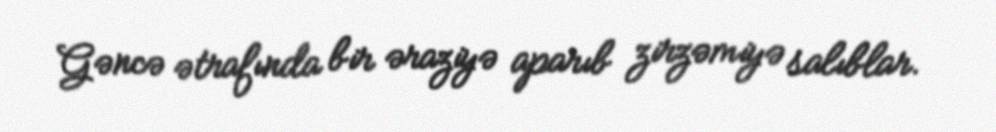
Gəncə ətrafında bir əraziyə aparıb zirzəmiyə salıblar.